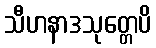
သီဟနာဒသုတ္တေပိ